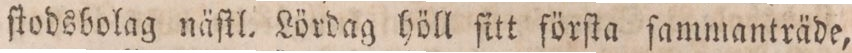
ſtodsbolag näſtl. Lördag höll ſitt förſta ſammanträde,